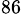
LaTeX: ^{86}